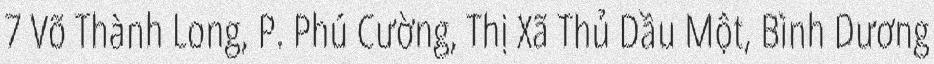
7 Võ Thành Long, P. Phú Cường, Thị Xã Thủ Dầu Một, Bình Dương